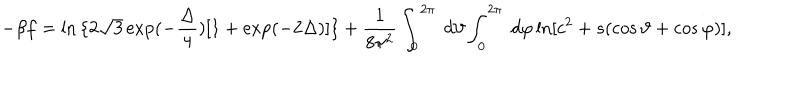
- { \beta f } = \ln { \{ 2 \sqrt 3 \exp ( - { \frac { \Delta } { 4 } } ) [ 1 + \exp ( - 2 { \Delta } ) ] \} } + { \frac { 1 } { 8 { \pi } ^ { 2 } } } \int _ { 0 } ^ { 2 \pi } \ d { \vartheta } \int _ { 0 } ^ { 2 \pi } \ d { \varphi } \ln [ c ^ { 2 } + s ( \cos { \vartheta } + \cos { \varphi } ) ] ,